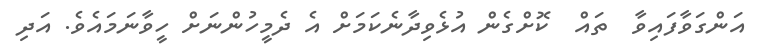
އަންގަވާފައިވާ  ތައް  ކޮށްގެން އުޅެވިދާނެކަމަށް އެ ދެމީހުންނަށް ހީވާނަމައެވެ. އަދި